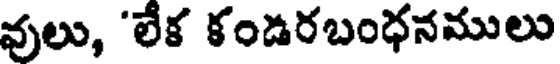
వులు, 'లేక కండరబంధనములు